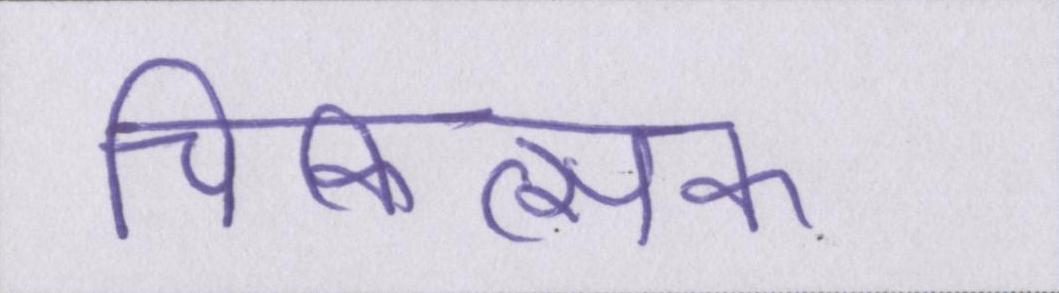
चिकित्सक